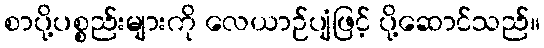
စာပို့ပစ္စည်းများကို လေယာဉ်ပျံဖြင့် ပို့ဆောင်သည်။